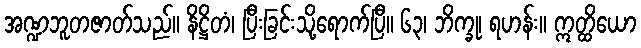
အဏ္ဍဘူတဇာတ်သည်။ နိဋ္ဌိတံ၊ ပြီးခြင်းသို့ရောက်ပြီ။ ၆၃၊ ဘိက္ခု၊ ရဟန်း။ ဣတ္ထိယော